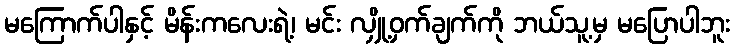
မကြောက်ပါနှင့် မိန်းကလေးရဲ့၊ မင်း လျှို့ဝှက်ချက်ကို ဘယ်သူ့မှ မပြောပါဘူး